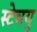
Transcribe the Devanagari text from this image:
स्टेचयु